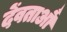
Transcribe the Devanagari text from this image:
देंवताऔं